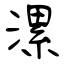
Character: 漯